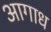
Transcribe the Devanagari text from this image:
आगाध